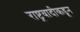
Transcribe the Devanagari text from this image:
राष्ट्रवादीकडून